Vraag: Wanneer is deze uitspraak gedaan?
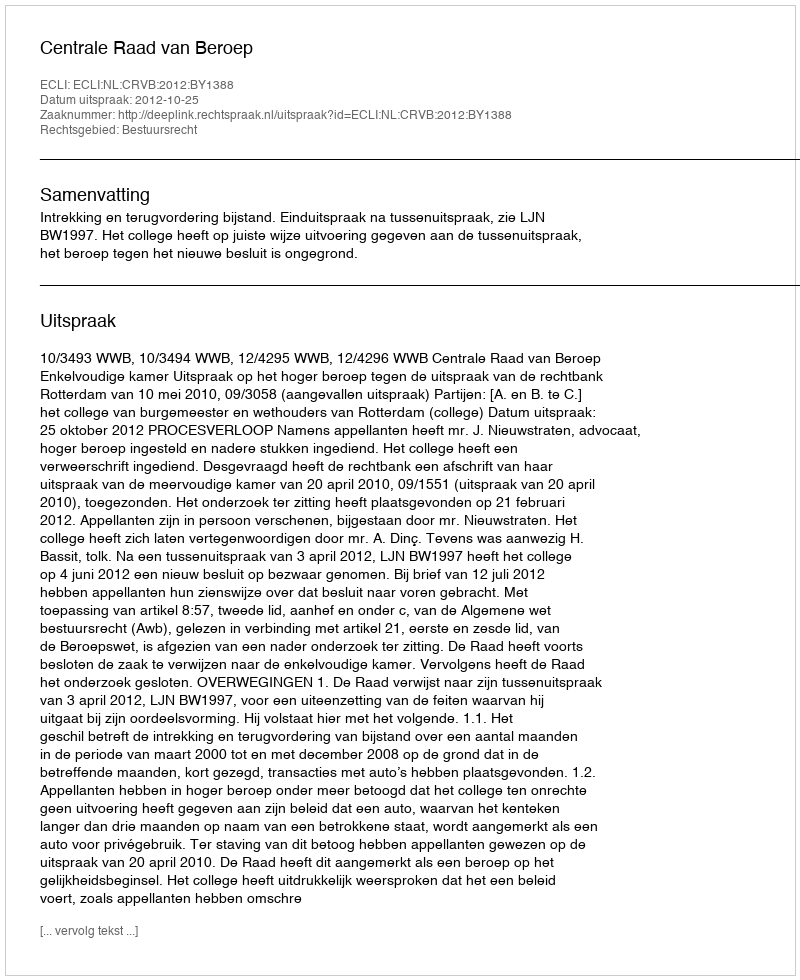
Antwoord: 2012-10-25